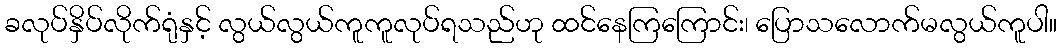
ခလုပ်နှိပ်လိုက်ရုံနှင့် လွယ်လွယ်ကူကူလုပ်ရသည်ဟု ထင်နေကြကြောင်း၊ ပြောသလောက်မလွယ်ကူပါ။